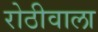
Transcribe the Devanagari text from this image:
रोठीवाला